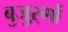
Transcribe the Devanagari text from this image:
बुजुऱ्गों